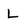
Character: L